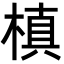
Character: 槙